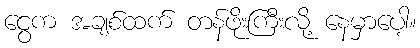
ငွေက အချစ်ထက် တန်ဖိုးကြီးလို့ နေမှာပေါ့။